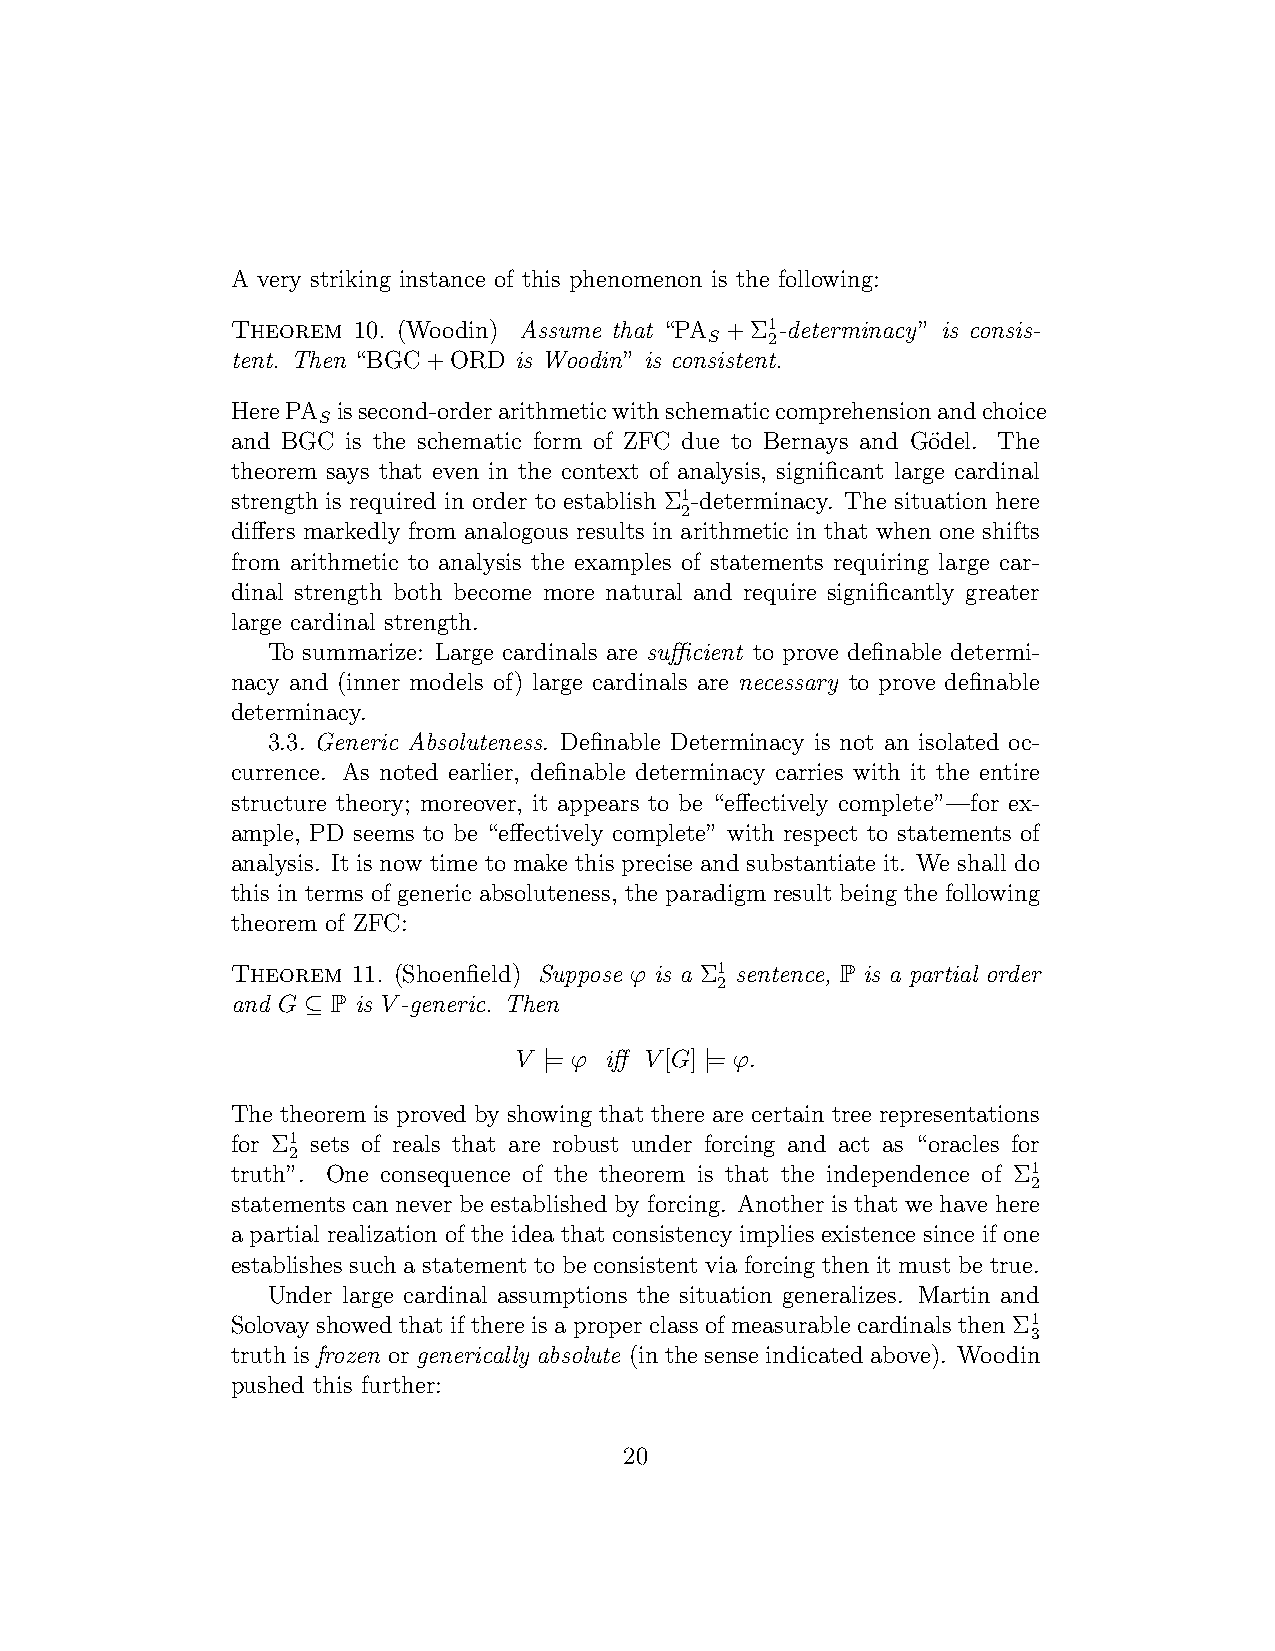
A very striking instance of this phenomenon is the following:
 Theorem 10. (Woodin) Assume that “PA +Σ1-determinacy” is consis-
 S   2
 tent. Then “BGC+ORD is Woodin” is consistent.
 HerePA issecond-orderarithmeticwithschematiccomprehensionandchoice
 S
 and BGC is the schematic form of ZFC due to Bernays and Go¨del. The
 theorem says that even in the context of analysis, significant large cardinal
 strength is required in order to establish Σ1-determinacy. The situation here
 2
 differs markedly from analogous results in arithmetic in that when one shifts
 from arithmetic to analysis the examples of statements requiring large car-
 dinal strength both become more natural and require significantly greater
 large cardinal strength.
 To summarize: Large cardinals are sufficient to prove definable determi-
 nacy and (inner models of) large cardinals are necessary to prove definable
 determinacy.
 3.3. Generic Absoluteness. Definable Determinacy is not an isolated oc-
 currence. As noted earlier, definable determinacy carries with it the entire
 structure theory; moreover, it appears to be “effectively complete”—for ex-
 ample, PD seems to be “effectively complete” with respect to statements of
 analysis. It is now time to make this precise and substantiate it. We shall do
 this in terms of generic absoluteness, the paradigm result being the following
 theorem of ZFC:
 Theorem 11. (Shoenfield) Suppose ϕ is a Σ1 sentence, P is a partial order
 2
 and G ⊆ P is V-generic. Then
 V |= ϕ iff V[G] |= ϕ.
 The theorem is proved by showing that there are certain tree representations
 for Σ1 sets of reals that are robust under forcing and act as “oracles for
 2
 truth”. One consequence of the theorem is that the independence of Σ1
 2
 statements can never be established by forcing. Another is that we have here
 a partial realization of the idea that consistency implies existence since if one
 establishes such a statement to be consistent via forcing then it must be true.
 Under large cardinal assumptions the situation generalizes. Martin and
 Solovay showed that if there is a proper class of measurable cardinals then Σ1
 3
 truth is frozen or generically absolute (in the sense indicated above). Woodin
 pushed this further:
 20